Report on the lunatic asylums under the Government of Bombay - 1904-1913
Year: 1904
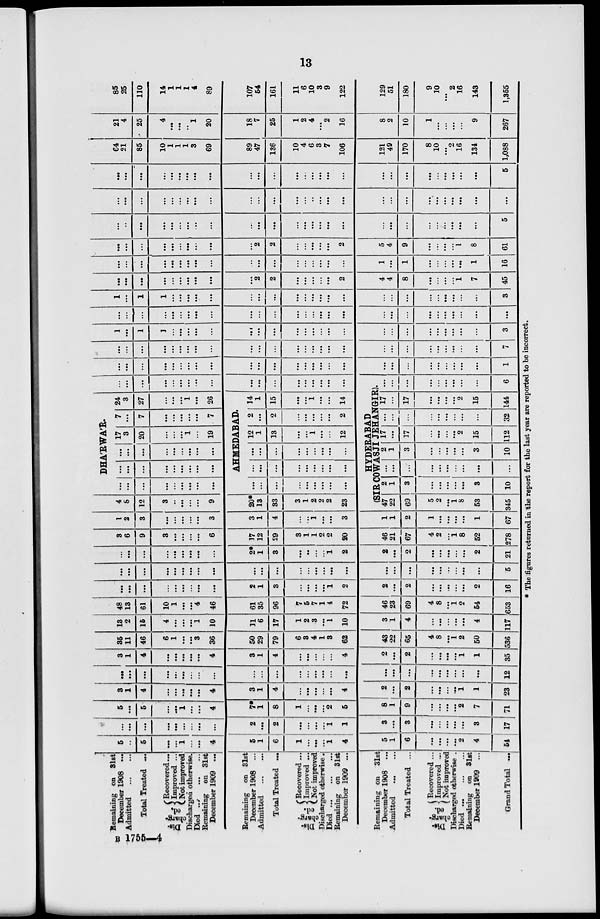
13
Remaining on 31st
December 1908 ...
Admitted ... ...
Total Treated ...
Dis-
charg-
ed.
Recovered ...
Improved ...
Not improved
Discharged otherwise.
Died ... ... ...
Remaining on 31st
December 1909 ...
Remaining on 31st
December 1908 ...
Admitted
Total Treated ...
Dis-
charg-
ed.
Recovered...
Improved ...
Not improved
Discharged otherwise .
Died. ...
...
...
Remaining on 31st
December 1909 ...
Remaining on 31st
December 1908 ...
Admitted
Total Treated ...
Dis-
charg-
ed.
Recovered ...
Improved ...
Not improved
Discharged otherwise .
Died
...
...
...
Remaining on 31st
Grand Total ...
5
...
5
...
...
1
...
...
4
5
1
6
1
...
...
...
1
4
5
1
6
...
...
...
...
2
4
61 I
...
...
...
...
...
...
...
...
...
2
...
2
...
...
...
...
1
1
3
...
3
...
...
...
...
...
3
17
5
...
5
...
...
1
...
...
4
7*
1
8
1
...
...
...
2
5
8
1
9
...
...
...
...
2
7
71
3
1
4
...
...
...
...
...
4
3
1
4
...
...
...
...
...
4
2
...
2
...
...
...
...
1
1
23
...
...
...
...
...
...
...
...
...
...
...
...
...
...
...
...
...
...
...
...
...
...
...
...
...
...
...
12
3
1
4
...
...
...
...
...
4
3
1
4
...
...
...
...
...
4
2
...
2
...
...
...
...
1
1
35
35
11
46
6
1
...
...
3
36
50
29
79
6
3
4
1
3
62
43
22
65
4
8
...
1
2
50
536
13
2
15
4
...
...
...
1
10
11
6
17
1
2
3
...
1
10
3
1
4
...
...
...
...
...
4
117
48
13
61
10
1
...
...
4
46
61
35
96
7
5
7
1
4
72
46
23
69
4
8
...
1
2
54
653
...
...
...
...
...
...
...
...
...
2
1
3
...
...
...
...
1
2
2
...
2
...
...
...
...
...
2
16
...
...
...
...
...
...
...
...
...
...
...
...
...
...
...
...
...
...
...
...
...
...
...
...
...
...
...
5
...
...
...
...
...
...
...
...
...
2*
1
3
...
...
...
...
1
2
2
...
2
...
...
...
...
...
2
21
3
6
9
3
...
...
...
...
6
17
12
29
3
1
1
2
2
20
46
21
67
4
2
...
1
8
52
278
1
2
3
...
...
...
...
...
3
3
1
4
...
...
1
...
...
3
1
1
2
1
...
...
...
...
1
67
4
8
12
3
...
...
...
...
9
20*
13
33
3
1
2
2
2
23
DHÁRWÁR.
...
...
...
...
...
...
...
...
...
...
...
...
...
...
...
...
...
...
...
...
...
...
...
...
...
...
...
17
3
20
...
...
...
1
...
19
7
...
7
...
...
...
...
...
7
24
3
27
...
...
...
1
...
26
AHMEDABAD.
...
...
...
...
...
...
...
...
...
...
...
...
...
...
...
...
...
...
...
...
...
...
...
...
...
...
...
12
1
13
...
...
1
...
...
12
2
...
2
...
...
...
...
...
2
14
1
15
...
...
1
...
...
14
...
...
...
...
...
...
...
...
...
...
...
...
...
...
...
...
...
...
HYDERABAD
(SIR COWASJI JEHANGIR).
47
22
69
5
2
...
1
8
53
345
2
1
3
...
...
...
...
...
3
10
...
...
...
...
...
...
...
...
...
...
2
1
3
...
...
...
...
...
3
10
17
...
17
...
...
...
...
2
15
112
...
...
...
...
...
...
...
...
...
32
17
...
17
...
...
...
...
2
15
144
...
...
...
...
...
...
...
...
...
6
...
...
...
...
...
...
...
...
...
...
...
...
...
...
...
...
...
...
...
...
...
...
...
...
...
...
...
1
...
...
...
...
...
...
...
...
...
...
...
...
...
...
...
...
...
...
...
...
...
...
...
...
...
...
...
7
1
...
1
1
...
...
...
...
...
...
...
...
...
...
...
...
...
...
...
...
...
...
...
...
...
...
...
3
...
...
...
...
...
...
...
...
...
...
...
...
...
...
...
...
...
...
...
...
...
...
...
...
...
...
...
...
1
...
1
1
...
...
...
...
...
...
...
...
...
...
...
...
...
...
...
...
...
...
...
...
...
...
...
3
...
...
...
...
...
...
...
...
...
...
2
2
...
...
...
...
...
2
4
4
8
...
...
...
...
1
7
45
...
...
...
...
...
...
...
...
...
...
...
...
...
...
...
...
...
...
1
...
1
...
...
...
...
...
1
16
...
...
...
...
...
...
...
...
...
...
2
2
...
...
...
...
...
2
5
4
9
...
...
...
...
1
8
61
...
...
...
...
...
...
...
...
...
...
...
...
...
...
...
...
...
...
...
...
...
...
...
...
...
...
...
5
...
...
...
...
...
...
...
...
...
...
...
...
...
...
...
...
...
...
...
...
...
...
...
...
...
...
...
...
...
...
...
...
...
...
...
...
...
...
...
...
...
...
...
...
...
...
...
...
...
...
...
...
...
...
...
5
64
21
85
10
1
1
1
3
69
89
47
136
10
4
6
3
7
106
121
49
170
8
10
...
2
16
134
1,088
21
4
25
4
...
...
...
1
20
18
7
25
1
2
4
...
2
16
8
2
10
1
...
...
...
...
9
267
85
25
110
14
1
1
1
4
89
107
54
161
11
6
10
3
9
122
129
51
180
9
10
...
2
16
143
1,355
* The figures returned in the report for the last year are reported to be incorrect.
B 1755-4